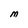
Character: M